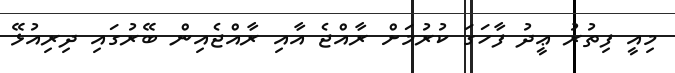
މިއީ ފިތުރު ޢީދު ފާހަގަ ކުރުމަށް ރާއްޖެ އާއި ރާއްޖެއިން ބޭރުގައި ދިރިއުޅޭ